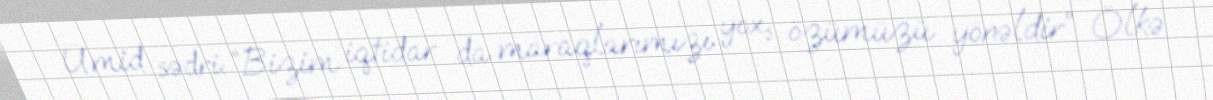
Ümid sədri: “Bizim iqtidar da maraqlarımızı yox, özümüzü yönəldir” Ölkə